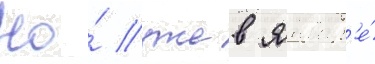
Но́ уже в январ'е́